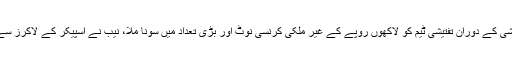
تفصیلات کے مطابق گرفتاراسپیکرسندھ اسمبلی آغا سراج درانی کےنجی بینک لاکرز کی تلاشی کے دوران تفتیشی ٹیم کو لاکھوں روپے کے غیر ملکی کرنسی نوٹ اور بڑی تعداد میں سونا ملا، نیب نے اسپیکر کے لاکرز سے 55 لاکھ 18 ہزار 744 روپے کی غیر ملکی کرنسی جبکہ 2 کلو 14 گرام سونا برآمد ہوا۔